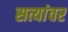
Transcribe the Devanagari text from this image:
सत्यांवर